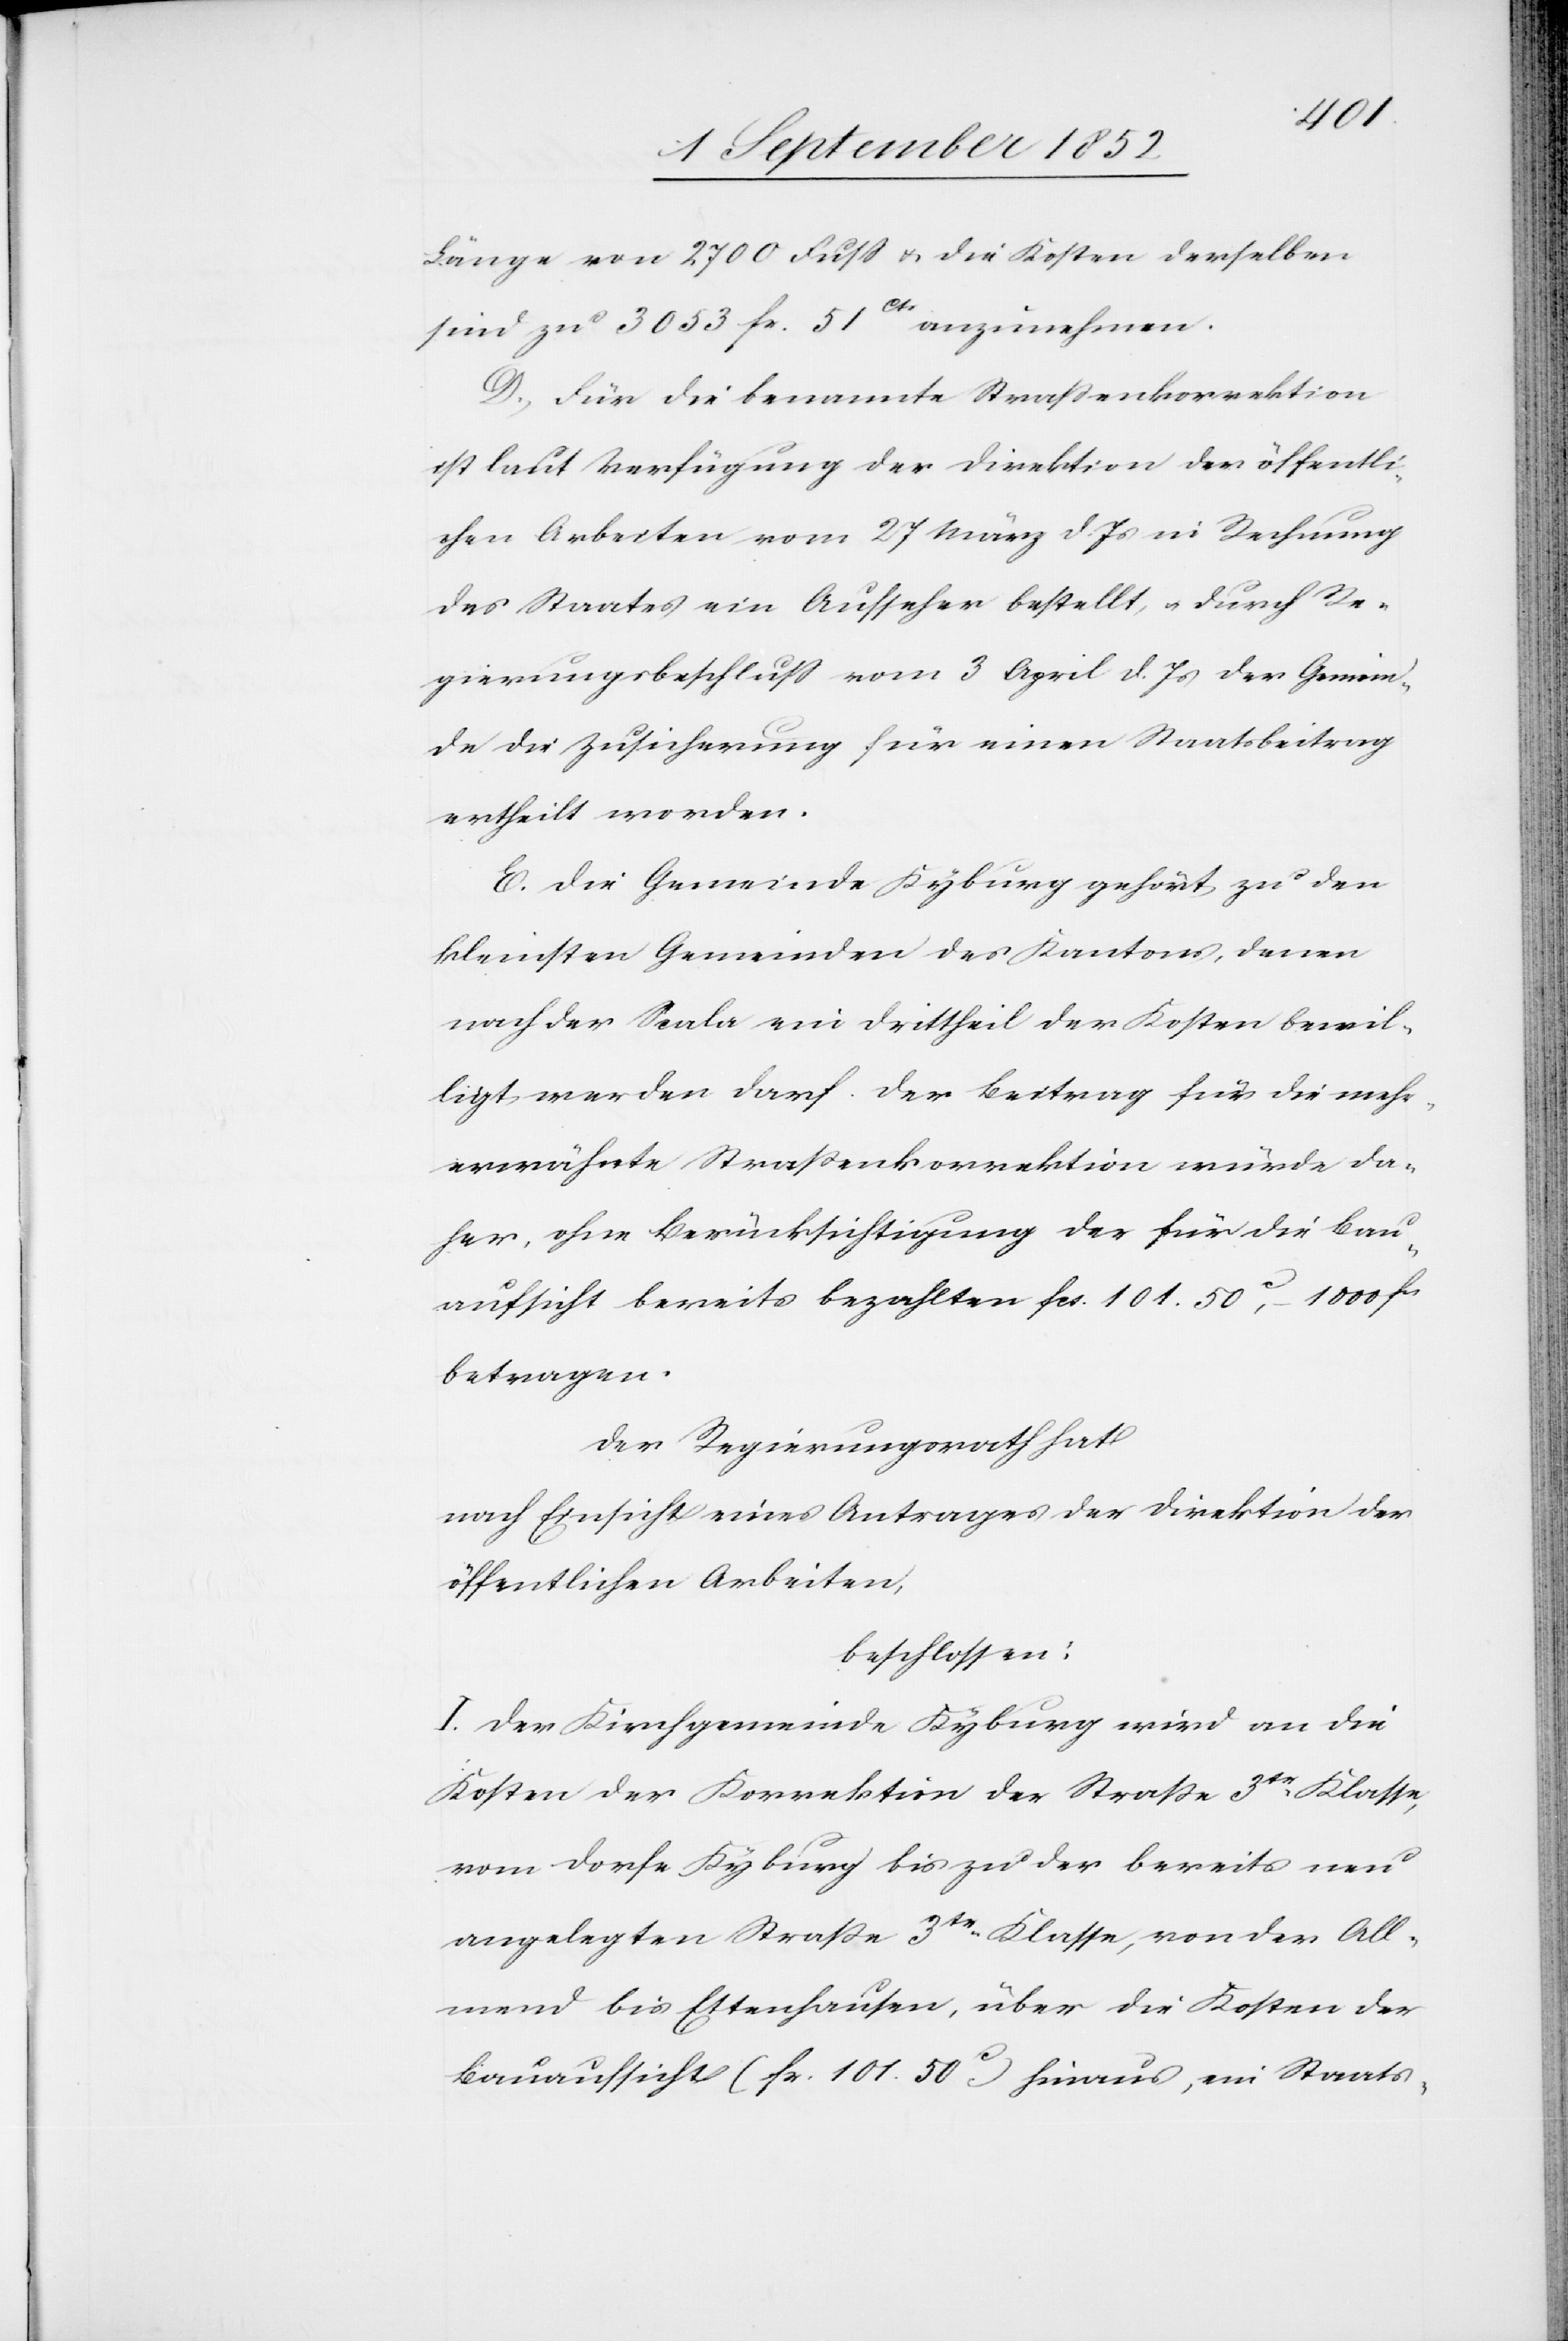
Länge von 2700 Fuß & die Kosten derselben
sind zu 3053 fr. 51Cts anzunehmen.
D, Für die benannte Straßenkorrektion
ist laut Verfügung der Direktion der öffentli¬
chen Arbeiten vom 27 März d. Js in Rechnung
des Staates ein Aufseher bestellt, & durch Re¬
gierungsbeschluss vom 3 April d. Js der Gemein¬
de die Zusicherung für einen Staatsbeitrag
ertheilt worden.
E. Die Gemeinde Kyburg gehört zu den
kleinsten Gemeinden des Kantons, denen
nach der Scala ein Drittheil der Kosten bewil¬
ligt werden darf. Der Beitrag für die mehr¬
erwähnte Straßenkorrektion würde da¬
her, ohne Berücksichtigung der für die Bau¬
aufsicht bereits bezahlten fcs. 101. 50c, – 1000 fcs
betragen.
Der Regierungsrath hat
nach Einsicht eines Antrages der Direktion der
öffentlichen Arbeiten,
beschlossen:
I. Der Kirchgemeinde Kyburg wird an die
Kosten der Korrektion der Straße 3tr Klasse,
vom Dorfe Kyburg bis zu der bereits neu
angelegten Straße 3tr Klasse, von der All¬
mend bis Ettenhausen, über die Kosten der
Bauaufsicht (fr. 101. 50c) hinaus, ein Staats-